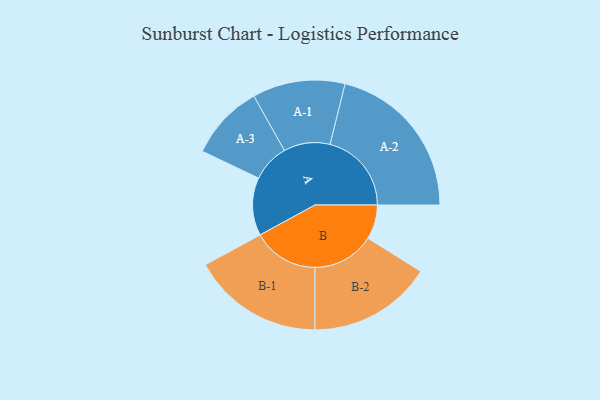
{"axis": {"x": "Segment", "y": "Value"}, "legend": ["", "A", "B"], "data": [{"x": "A", "y": 209, "type": ""}, {"x": "B", "y": 124, "type": ""}, {"x": "A-1", "y": 167, "type": "A"}, {"x": "A-2", "y": 294, "type": "A"}, {"x": "A-3", "y": 136, "type": "A"}, {"x": "B-1", "y": 237, "type": "B"}, {"x": "B-2", "y": 224, "type": "B"}]}